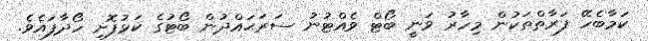
ކަމާބެހޭ ފަރާތްތަކުން މިހާރު ވަނީ ބޯޓް ވެއްޓުނު ސަރަޙައްދުން ބޯޓުގެ ކަޅުފޮށި ހޯދާފައެވެ.